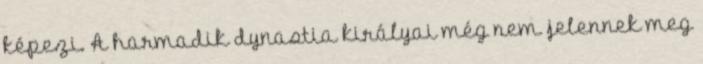
képezi. A harmadik dynastia királyai még nem jelennek meg